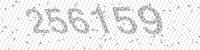
Solution: 256159